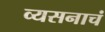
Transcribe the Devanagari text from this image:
व्यसनाचं